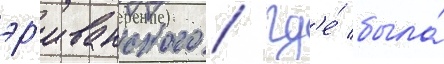
эр'иванского / гд'е́ была́